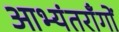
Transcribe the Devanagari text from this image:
आभ्यंतराँगों